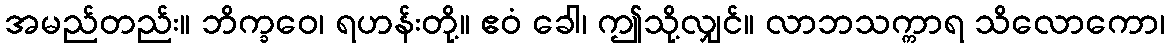
အမည်တည်း။ ဘိက္ခဝေ၊ ရဟန်းတို့။ ဧဝံ ခေါ၊ ဤသို့လျှင်။ လာဘသက္ကာရ သိလောကော၊